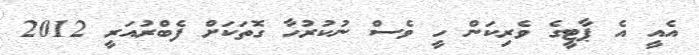
އެއީ އެ ޕާޓީގެ ވެރިކަން ހީ ވެސް ނުކުރުހާ ގޮތަކަށް ފެބްރުއަރީ 2012